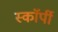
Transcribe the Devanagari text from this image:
स्काॅर्पी